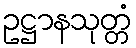
ဥဋ္ဌာနသုတ္တံ